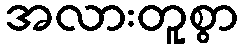
အလားတူစွာ